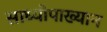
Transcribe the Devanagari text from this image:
साध्योपाख्यान